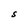
Character: S